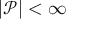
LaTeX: | { \mathcal { P } } | < \infty